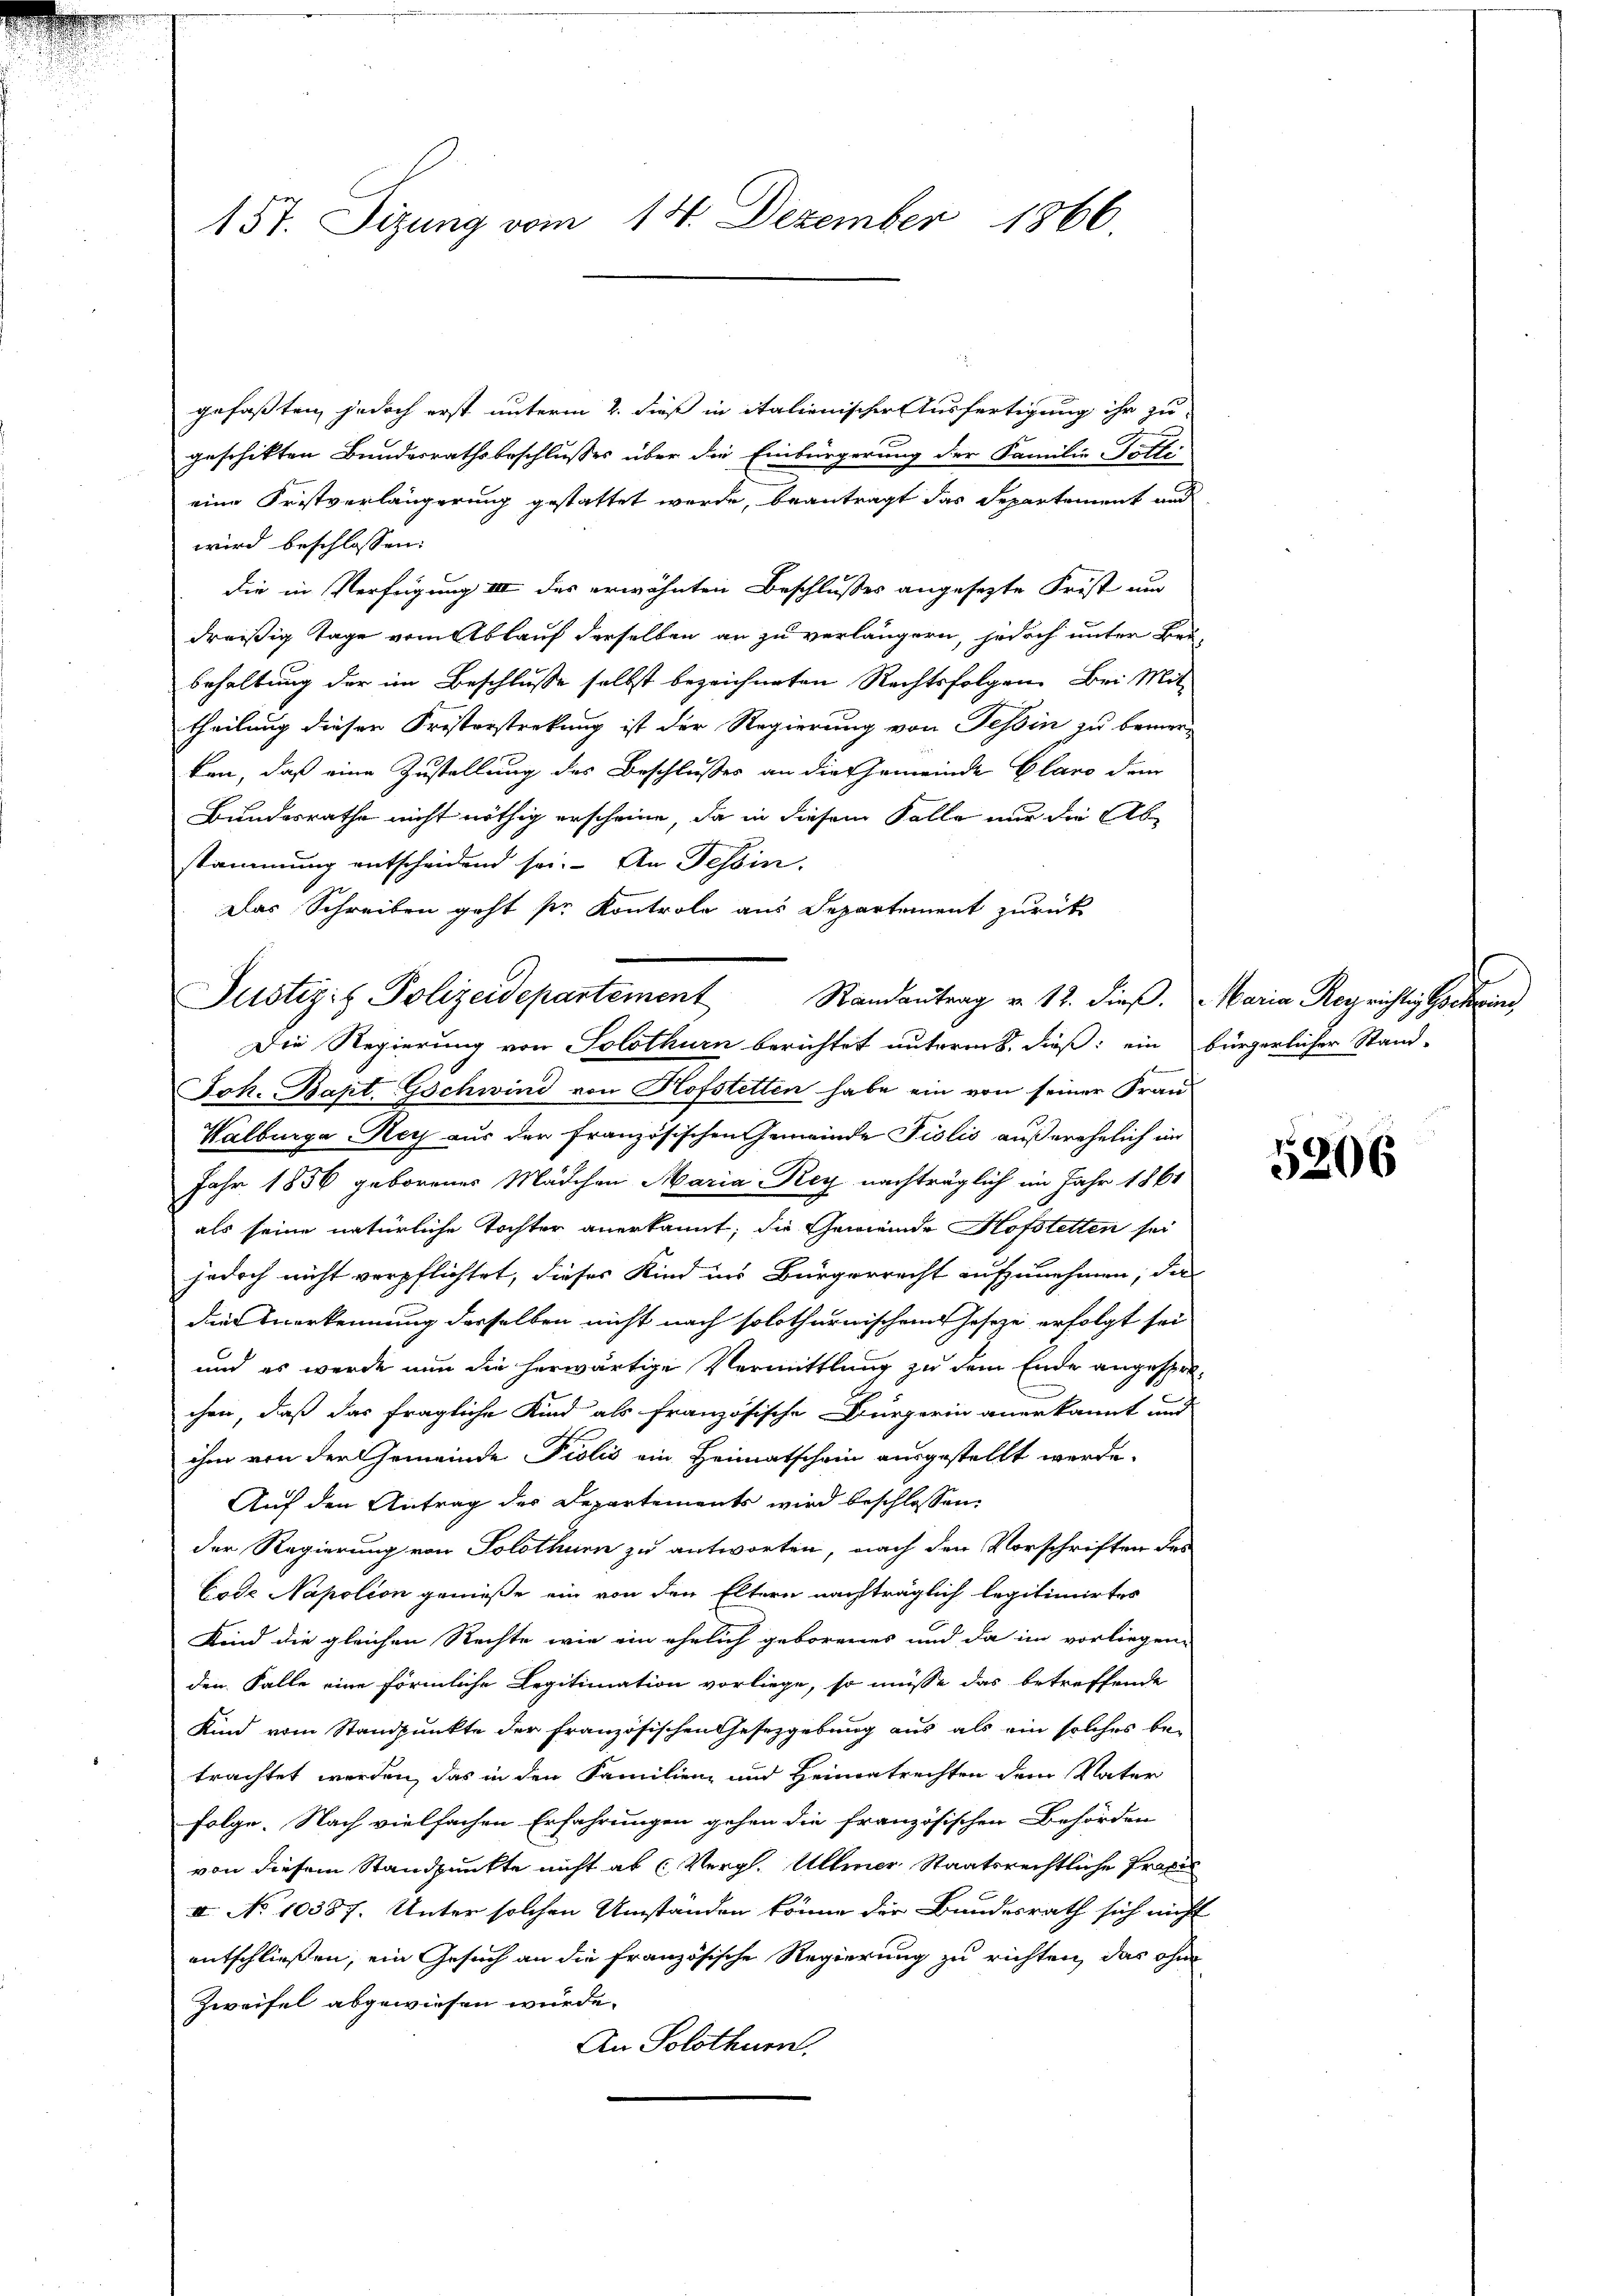
157. Sizung vom 14. Dezember 1866.

gefaßten, jedoch erst unterm 2. dieß in italienischer Ausfertigung ihr zu
geschikten Bundesrathsbeschlusses über die Einbürgerung der Familie Totter-
eine Fristverlängerung gestattet werde, beantragt das Separtement und
wird beschlossen:
die in Verfügung III des erwähnten Beschlusses angesezte Frist und
dreißig Tage vom Ablauf derselben an zu verlängern, jedoch unter Be-
behaltung der im Beschlusse selbst bezeichneten Rechtsfolgen. Bei Mit-
theilung dieser Fristerstrekung ist der Regierung von Tessin zu bemerben, daß eine Zustellung des Beschlußes an die Gemeinde Glaro dem
Bundesrathe nicht nöthig erscheine, da in diesem Falle nur die Abstammung entscheidend sei. An Tessin.
Das Schreiben geht ser Kontrole aus Departement zurück
Joh. Bapt., Gschwind von Hofstetten habe ein von seiner Frau
Walburge Nach aus der französischen Gemeinde Fislis außerehelich im
Jahr 1856 geborenes Mädchen Maria Rey nachträglich im Jahr 1861
als seine natürliche Tochter anerkannt; die Gemeinde Hofstetten sei
jedoch nicht verpflichtet, dieses Kind ins Bürgerrecht aufzunehmen, das
die Anerkennung derselben nicht nach solothurnischem Geseze erfolgt sei
und es werde nun die herwärtige Vermittlung zu dem Ende angesprochen, daß das fragliche Kind als französische Bürgerin anerkannt und
ihm von der Gemeinde Fiolis ein Heimatschein ausgestellt werde.
Auf den Antrag der Departements wird beschlossen:
der Regierung von Solothurn zu antworten, nach den Vorschriften des
Code Napolion genieße ein von den Eltern nachträglich legitimirtes
Kind die gleichen Rechte wie ein ehelich geborenes und da im vorliegen-
den Falle eine förmliche Legitimation vorliege, so müsse das betreffende
Kind vom Standpunkte der französischen Gesetzgebung aus als ein solches be-
trachtet werden, das in den Familien und Heimatrechten dem Vater
Folge. Nach vielfachen Erfahrungen gehen die französischen Behörden
von diesem Standpunkte nicht ab (Vergl. Ullmer Staatsrechtliche Praxis
II No 10387. Unter solchen Umständen könne die Bundesrath sich nicht
entschliessen, ein Gesuch an die französische Regierung zu richten, das ohne
Zweifel abgewiesen würde.
An Solothurn.

Justizis Polizeidepartement Randantrag v. 12. dieβ. Maria Roy richtig Schrei
Die Regierung von Solothurn berichtet unterm 8. dieß: ein bürgerlicher Stand-

5206